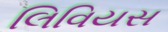
લિવિયસ